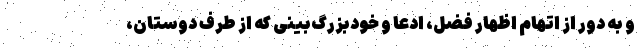
و به دور از اتهام اظهار فضل، ادعا و خودبزرگ‌بینی که از طرف دوستان،